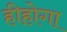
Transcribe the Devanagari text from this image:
हीहोगा